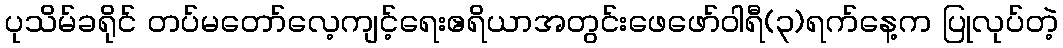
ပုသိမ်ခရိုင် တပ်မတော်လေ့ကျင့်ရေးဧရိယာအတွင်းဖေဖော်ဝါရီ(၃)ရက်နေ့က ပြုလုပ်တဲ့